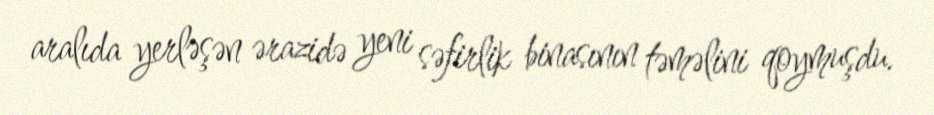
aralıda yerləşən ərazidə yeni səfirlik binasının təməlini qoymuşdu.